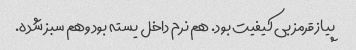
پیاز قرمز بی کیفیت بود. هم نرم داخل یسته بود وهم سبز شده.